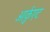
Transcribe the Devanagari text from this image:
आर्क़ुएट